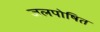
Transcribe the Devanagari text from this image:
जलपोषित